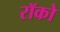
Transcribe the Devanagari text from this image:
रॉको